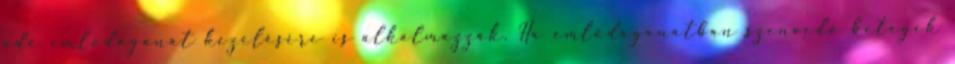
adó emlődaganat kezelésére is alkalmazzák. Ha emlődaganatban szenvedő betegek